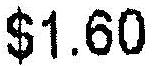
$1.60